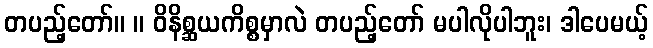
တပည့်တော်။ ။ ဝိနိစ္ဆယကိစ္စမှာလဲ တပည့်တော် မပါလိုပါဘူး၊ ဒါပေမယ့်